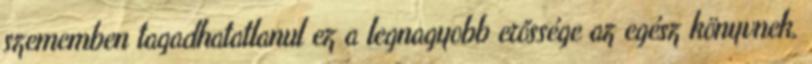
szememben tagadhatatlanul ez a legnagyobb erőssége az egész könyvnek,